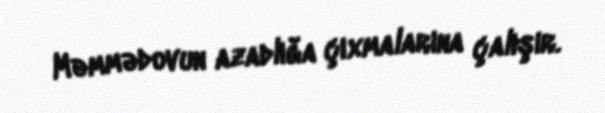
Məmmədovun azadlığa çıxmalarına çalışır.